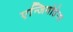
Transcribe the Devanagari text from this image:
एन्जियोडेमा